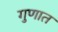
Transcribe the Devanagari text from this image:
गुणात